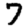
Digit: 7